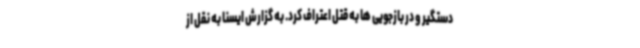
دستگیر و در بازجویی ها به قتل اعتراف کرد. به گزارش ایسنا به نقل از